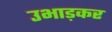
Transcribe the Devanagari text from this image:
उभाड़कर